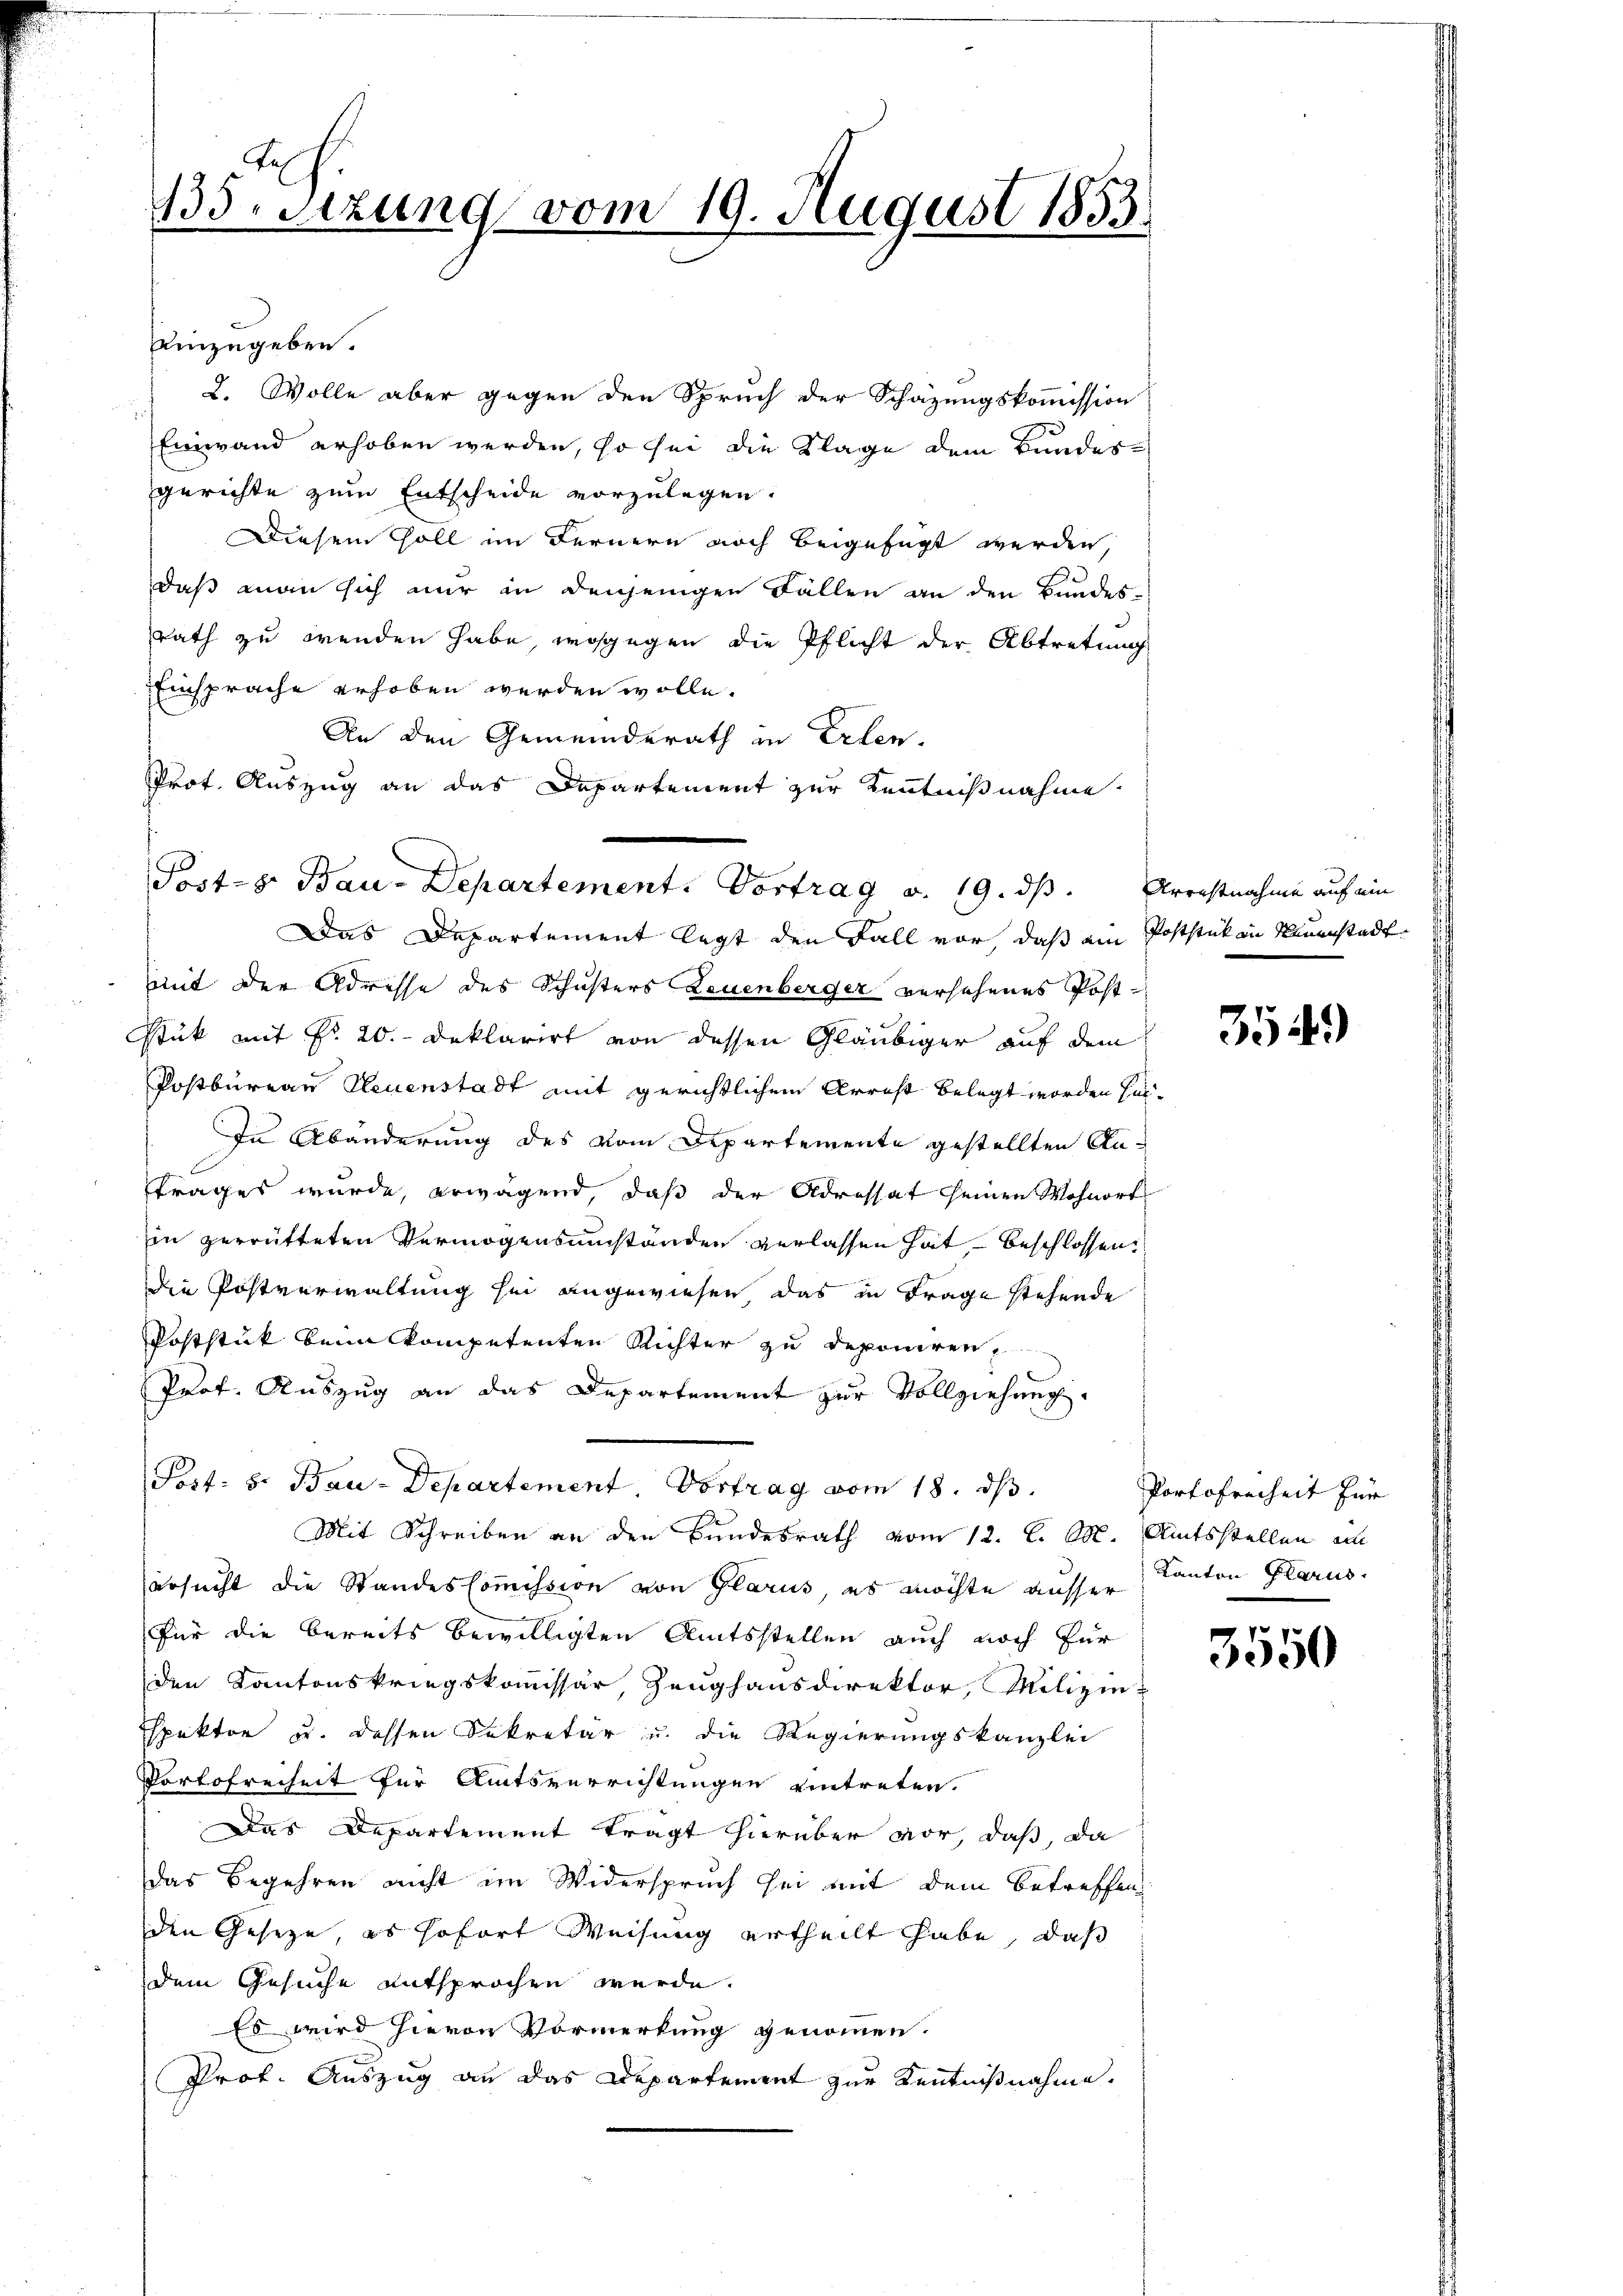
15.sizung vom 19. August 1833.

einzugeben.
2. Wolle aber gegen den Spruch der Schazungskommission
Einwand erhoben werden, so sei die Klage dem Bundesgerichte zum Entscheide vorzulegen.
Diesem Soll im Fernern noch beigefügt werden,
daß man sich nur in denjenigen Fällen an den Bundesrath zu wenden habe, wogegen die Pflicht der Abtretung
Einsprache erhoben werden wolle.
An den Gemeinderath in Erlen.
Prot. Auszug an das Departement zur Kenntnißnahme.
mmit der Adresse des Schusters Leuenberger versehenes Post¬
Stuk mit Fr. 20. Deklarirt von dessen Gläubiger auf dem
Postbureau Neuenstadt mit gerichtlichem Arrest belegt worden her¬
In Abänderung des vom Departemente gestellten Antrages wurde, erwagend, daß der Adressat seinen Wohnort
in zerrütteten Vermögensumständen verlassen hat, – beschlossen,
die Postverwaltung sei angewiesen, das in Frage stehende
Poststück beim kompetenten Richter zu deponiren,
Prof. Auszug an das Departement zur Vollziehung.
Post- 5. Bau-Departement. Vortrag vom 18. ds.
Mit Schreiben an den Bundesrath vom 12. l. M. Amtsstellen a
ersucht die Standes Commission von Glarus, es möchte ausser Kanton Glarus.
für die bereits bewilligten Amtsstellen auch noch für
den Kantonskriegskommissär, Zeughausdirektor, Milizie-
spektor u. dessen Sekretär u. die Regierungskanzlei
Portofreiheit für Amtsverrichtungen eintreten.
Das Departement tragt hierüber vor, daß, da
das Begehren nicht im Widerspruch sei mit dem betreffen
den Gesetze, es sofort Weisung ertheilt habe, daß
dem Gesuche entsprochen werde.
Es wird hievon Vormerkung genommen.
Prof. Auszug an das Departement zur Kenntnißnahme.

Post-g. Bau-Departement. Vortrag a. 19. ds. Arrestnahme auf ein
Das Departement legt den Fall vor, daß ein Poststück in Neuenstadt

3549)

Portofreiheit für

3550